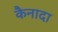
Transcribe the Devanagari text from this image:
कैनादा